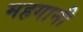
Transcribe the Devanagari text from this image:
महगानी